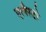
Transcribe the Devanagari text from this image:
एलैस्टो